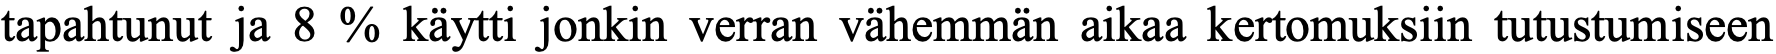
tapahtunut ja 8 % käytti jonkin verran vähemmän aikaa kertomuksiin tutustumiseen